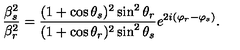
\frac { \beta _ { s } ^ { 2 } } { \beta _ { r } ^ { 2 } } = \frac { ( 1 + \cos \theta _ { s } ) ^ { 2 } \sin ^ { 2 } \theta _ { r } } { ( 1 + \cos \theta _ { r } ) ^ { 2 } \sin ^ { 2 } \theta _ { s } } e ^ { 2 i ( \varphi _ { r } - \varphi _ { s } ) } .